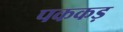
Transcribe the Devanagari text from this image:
पककड़